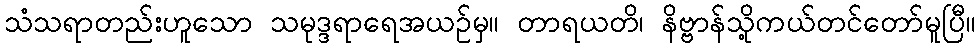
သံသရာတည်းဟူသော သမုဒ္ဒရာရေအယဉ်မှ။ တာရယတိ၊ နိဗ္ဗာန်သို့ကယ်တင်တော်မူပြီ။